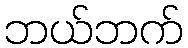
ဘယ်ဘက်